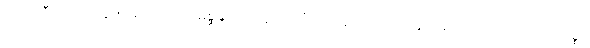
ဟောတီတိ အတ္ထော။ အထ ဝါ ကာမစ္ဆန္ဒာဒိဩဠာရိကင်္ဂပ္ပဟာနဝသေန သုခုမာ စ သာ ဘူတတာယ သစ္စာ